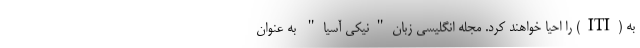
به (ITI) را احیا خواهند کرد. مجله انگلیسی زبان"نیکی آسیا" به عنوان